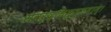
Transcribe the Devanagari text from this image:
सवर्द्धिमुत्तमाम्‌।